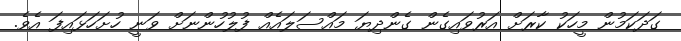
ގަދަކަމުން މީހަކު ކާރަށް އަރުވައިގެން ގެންދިޔަ މައްސަލައެއް ފުލުހުންނަށް ވަނީ ހުށަހަޅައިފަ އެވެ.